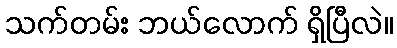
သက်တမ်း ဘယ်လောက် ရှိပြီလဲ။